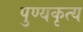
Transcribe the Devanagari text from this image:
पुण्यकृत्य